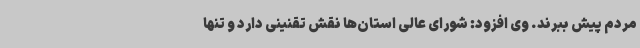
مردم پیش ببرند. وی افزود: شورای عالی استان‌ها نقش تقنینی دارد و تنها